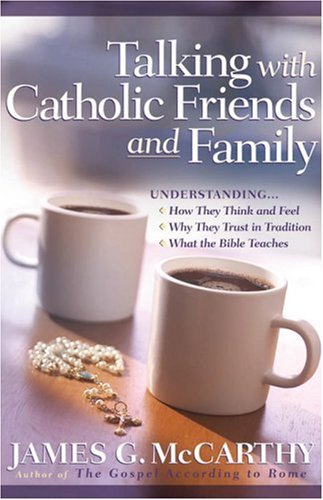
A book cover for Talking with Catholic Friends and Family: Understanding...How They Think and Feel, Why They Trust in Tradition, What the Bible Teaches; James G. McCarthy; Christian Books & Bibles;